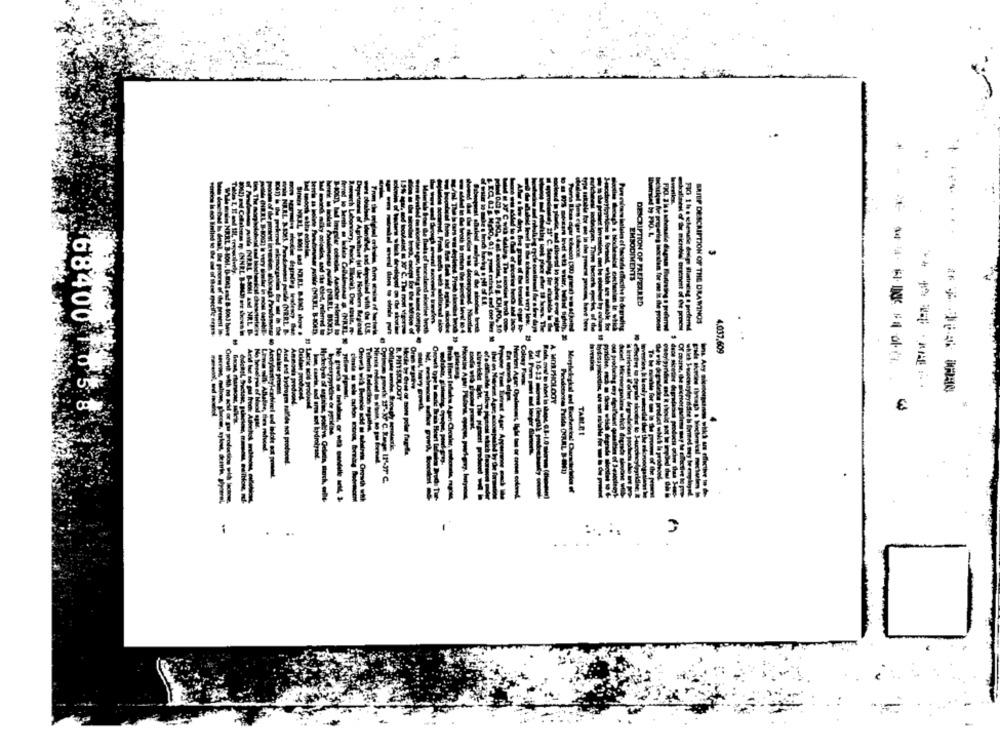
..
EMBODIMENTS
d sti wuler.
DESCRIPTION OF PREFERRED
EL
oula
BRIEF DESCRIPTION OF THE DRAWINGS
id one leer
hallaveil of four microbla treatment of the present
N
Of
4.037.609
Orim wpath
B. PHYSICALDOY
A MORPHOLOGY
pyridie de pm
68400 1058
-
TABLET
----
------